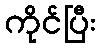
ကိုင်ပြီး